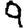
Digit: 9